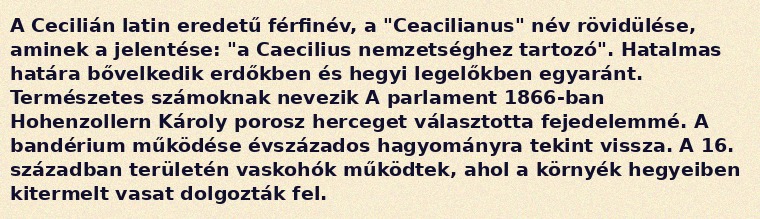
A Cecilián latin eredetű férfinév, a "Ceacilianus" név rövidülése, aminek a jelentése: "a Caecilius nemzetséghez tartozó". Hatalmas határa bővelkedik erdőkben és hegyi legelőkben egyaránt. Természetes számoknak nevezik A parlament 1866-ban Hohenzollern Károly porosz herceget választotta fejedelemmé. A bandérium működése évszázados hagyományra tekint vissza. A 16. században területén vaskohók működtek, ahol a környék hegyeiben kitermelt vasat dolgozták fel.